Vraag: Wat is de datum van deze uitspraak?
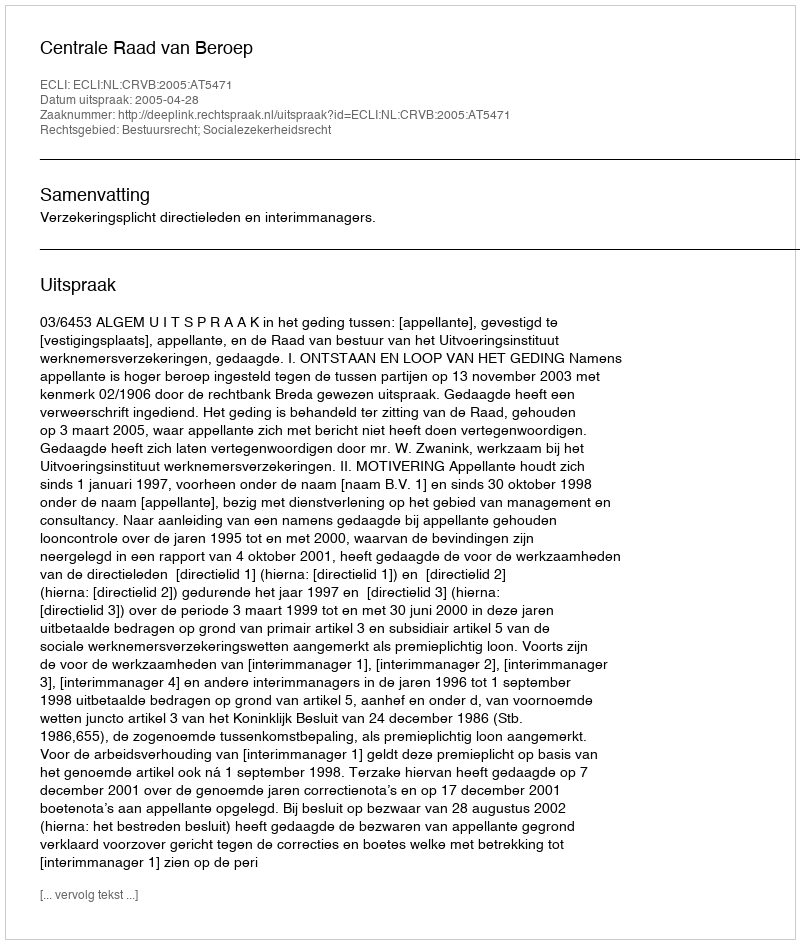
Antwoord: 2005-04-28